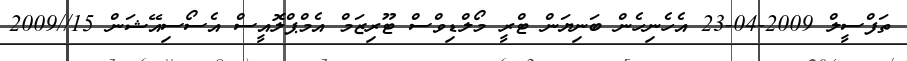
ތަފްސީލް 2009-04-23 އެހެނިހެން ބަނިޔަން ޓްރީ މޯލްޑިވްސް ޓޫރިޒަމް އެމްޕްލޮއީސް އެސޯސިއޭޝަން 15//2009